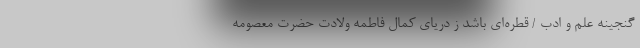
گنجینه علم و ادب / قطره‌ای باشد ز دریای کمال فاطمه ولادت حضرت معصومه